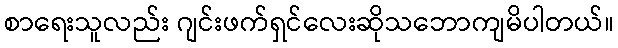
စာရေးသူလည်း ဂျင်းဖက်ရှင်လေးဆိုသဘောကျမိပါတယ်။